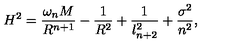
H ^ { 2 } = \frac { \omega _ { n } M } { R ^ { n + 1 } } - \frac { 1 } { R ^ { 2 } } + \frac { 1 } { l _ { n + 2 } ^ { 2 } } + \frac { \sigma ^ { 2 } } { n ^ { 2 } } ,